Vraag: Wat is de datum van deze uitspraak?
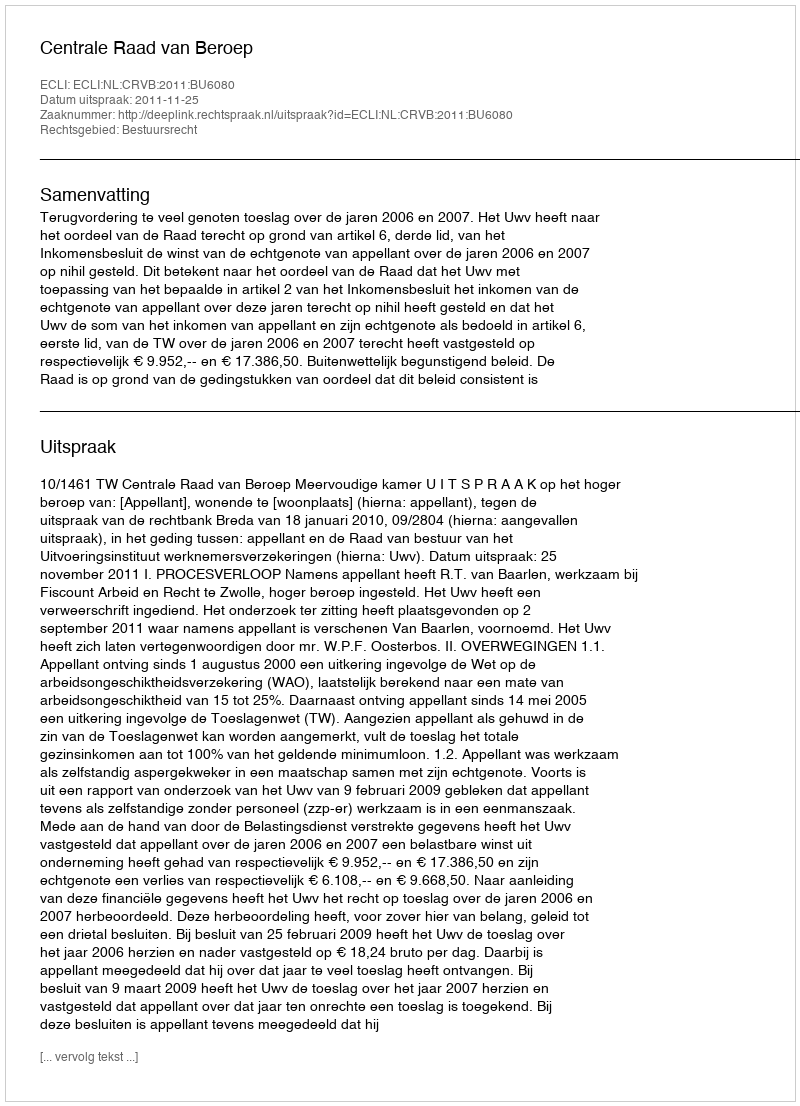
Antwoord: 2011-11-25